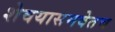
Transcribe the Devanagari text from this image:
शेवयासमवेतच